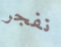
نفجر